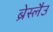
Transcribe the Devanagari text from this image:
ब्रेस्लैउ